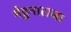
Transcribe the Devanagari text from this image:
मेहुनाराजा